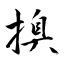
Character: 搝